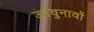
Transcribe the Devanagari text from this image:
उपचुनावों